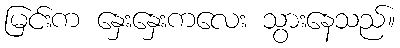
မြင်းက နှေးနှေးကလေး သွားနေသည်။